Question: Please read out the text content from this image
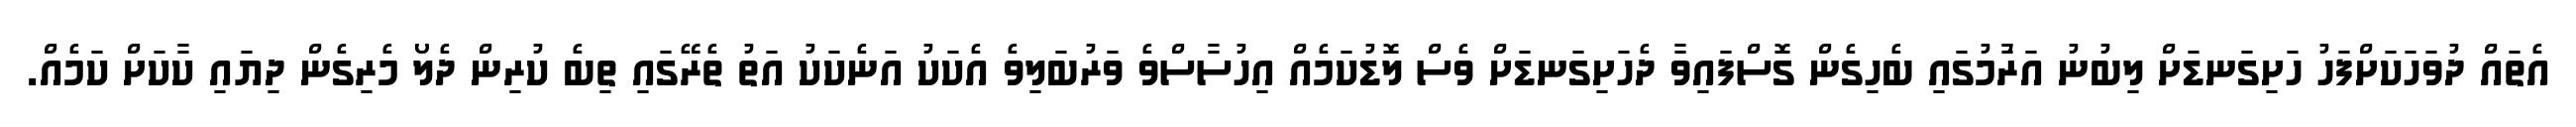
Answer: އެތައް ދުވަހަކަށްފަހު ހަށިގަނޑަށް ލިބުނު އަރާުމުގައި ބެހިގެން ގޮސްފައިވާ ދެހަށިގަނޑަށް ވެސް ލޮޑުކަމެއް އިހުސާސްވެ ވަރުބަލިވެ އެކަކު އަނެކަކު އަތު ތެރޭގައި ތިބެ ކުރިން ދެލޯ މެރިގެން ދިޔައި ކާކަށް ކަމެއް.